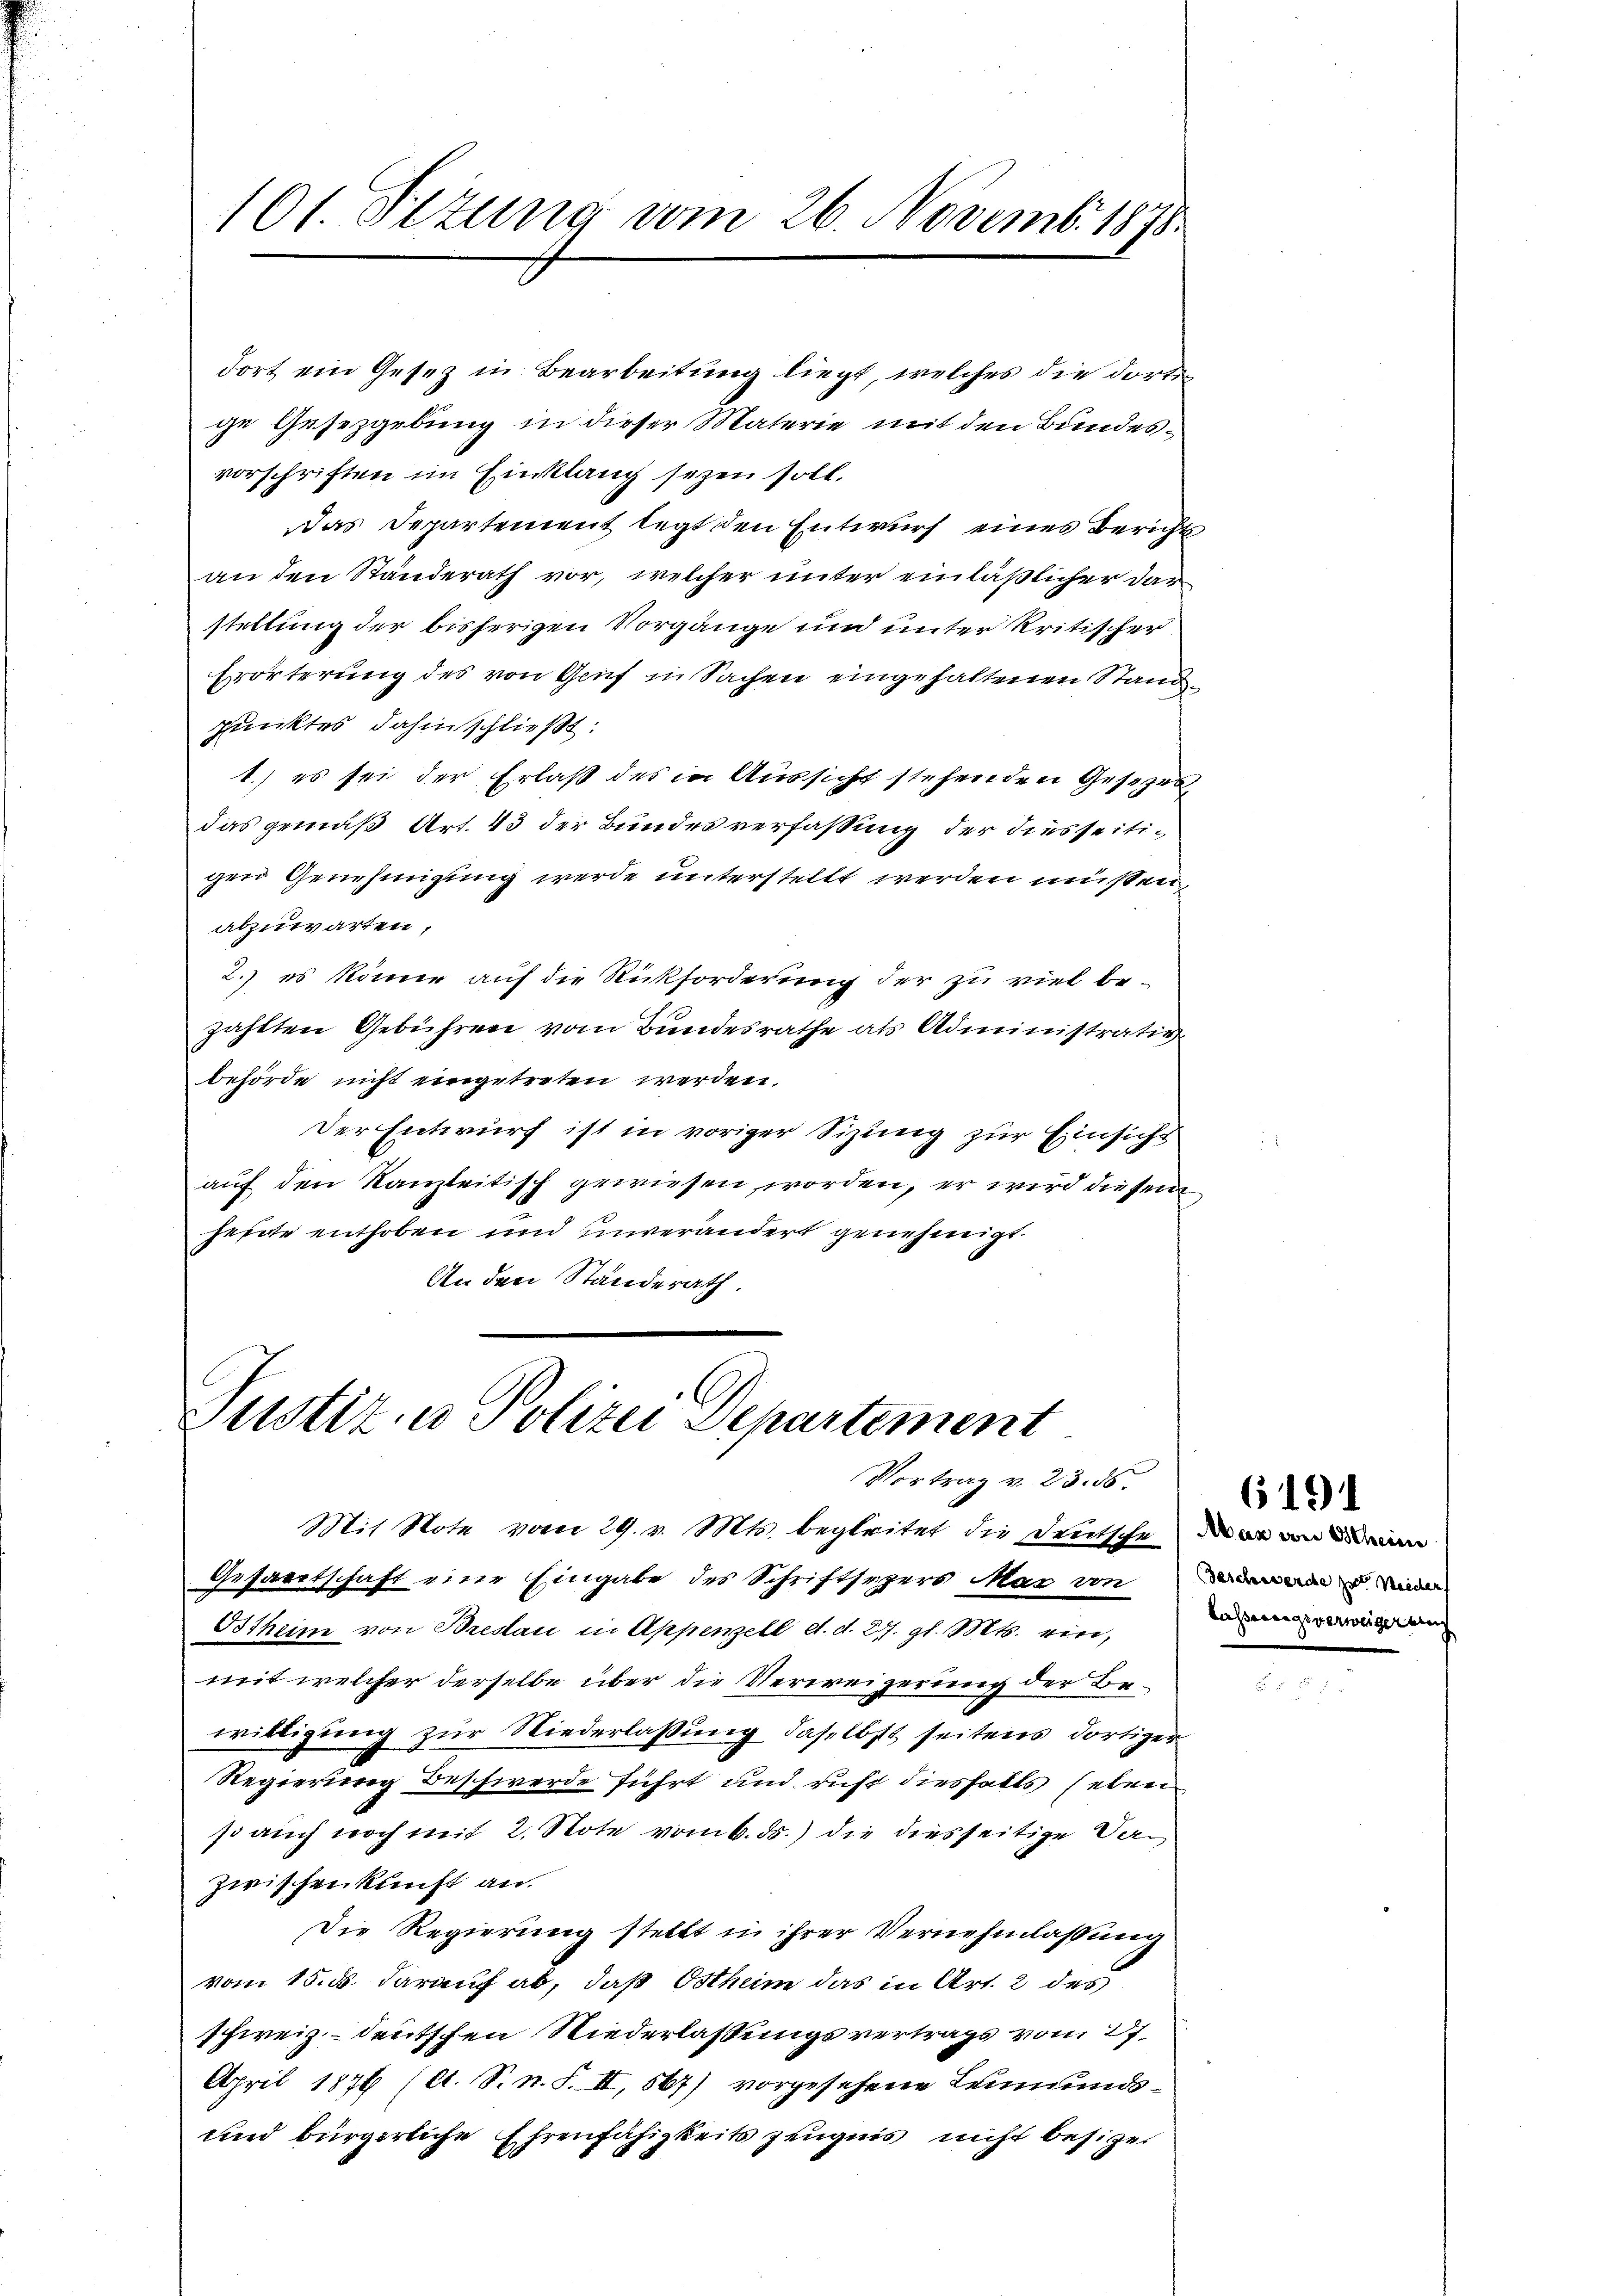
101. Sizung vom 26. Novemb. 1875.

dort ein Gesetz in Bearbeitung liegt, welches die dortige Gesezgebung in dieser Materie mit den Bundesvorschriften im Einklang seyen soll.
Das Departement legt den Entwurf eines Berichts
an den Ständerath vor, welcher unter einläßlicher darstellung der bisherigen Vorgänge und unter Kritischer
Erörterung des von Gruf in Sachen eingehaltenen Stand
Punktes dahinschließt:
1.) es sei der Erlaß des in Aussicht stehenden Gesezesdas gemäß Art. 43 der Bundesverfassung der diesseitigen Genehmigung werde unterstellt werden müssen,
abzuwarten,
2.) es könne auf die Rückforderung der zu viel be-
zahlten Gebühren vom Bundesrathe als Administrativ
behörde nicht eingetreten werden.
Der Entwurf ist in voriger Sizung zur Einsicht
auf den Kanzleitisch gewiesen worden, er wird diesem
heute enthoben und unverändert genehmigt.
An den Standerath.

Justiz- u Polizei Departement
Vortrag v. 23. ds.

Mit Note vom 29. v. Mts. begleitet die Deutschen
Gesaretschaft eine Eingabe des Schriftsezers Mar von de
Ostheim von Breslau in Appenzell d. d. 27. gl. Mts. ein,
mit welcher derselbe über die Verweigerung der Bewilligung zur Niederlassung daselbst seitens dortiger
Regierung Beschwerde führt und ruht diesfalls eben
so auch noch mit 2. Stote vom 6. ds.) die diesseitige Verzwischenkunft an.
Die Regierung stellt in ihrer Vernehmlassung
vom 15. ds. darauf ab, daß Osthum das in Art. 2 des
schweiz deutschen Niederlassungsvertrags vom 27.
April 1876 (lt. S. n. F. II, 567) vorgesehene Leumunds¬
und bürgerliche Ehrenfähigkeits Zeugnis nicht besitzer

lasserungsverweiger auf

6191